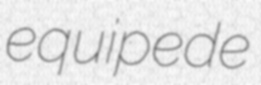
equipede